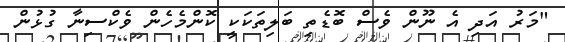
"މަރު އަދި އެ ނޫން ވެސް ބޮޑެތި ބަލިތަކަކީ ކޮންމެހެން ވެކްސިނާ ގުޅުން